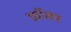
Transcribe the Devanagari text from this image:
फ़ॉलन